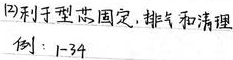
内利丁型芯固定，排气和清理
例：1 - 34